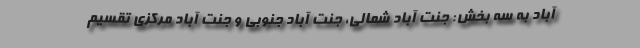
آباد به سه بخش: جنت آباد شمالی، جنت‌ آباد جنوبی و جنت آباد مرکزی تقسیم